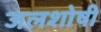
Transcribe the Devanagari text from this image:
जलशोषी